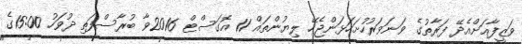
ވަޒީފާއަށްއެދޭ ފަރާތުގެ ވަނަވަރުހުށަހަޅަންޖެހޭ ލިޔުންތައް 11 އޮގަސްޓް 2016ވާ ބުރާސްފަތި ދުވަހު 15:00ގެ